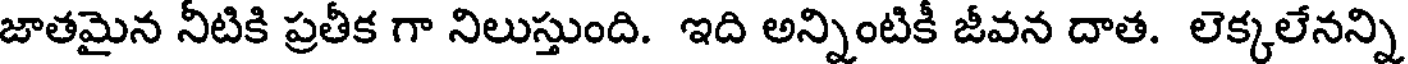
జాతమైన నీటికి ప్రతీక గా నిలుస్తుంది. ఇది అన్నింటికీ జీవన దాత. లెక్కలేనన్ని